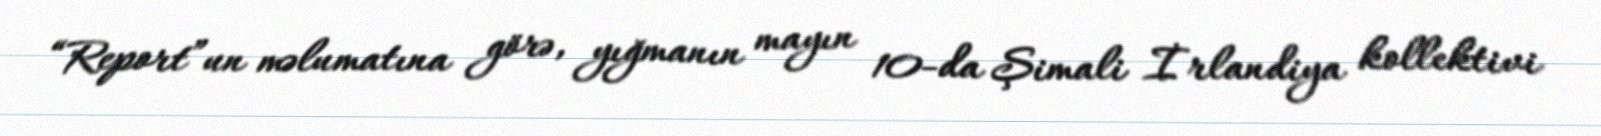
“Report”un məlumatına görə, yığmanın mayın 10-da Şimali İrlandiya kollektivi